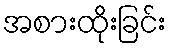
အစားထိုးခြင်း